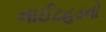
નાઈટહૂડનો